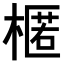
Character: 𣘗